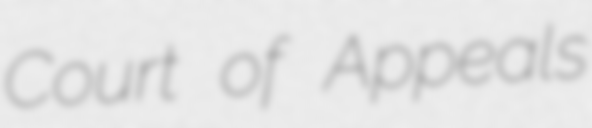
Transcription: Court of Appeals